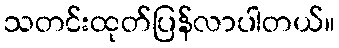
သတင်းထုတ်ပြန်လာပါတယ်။